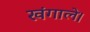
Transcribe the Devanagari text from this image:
खंगाले।